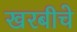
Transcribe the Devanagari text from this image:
खरबीचे